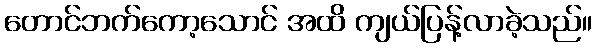
တောင်ဘက်ကော့သောင် အထိ ကျယ်ပြန့်လာခဲ့သည်။